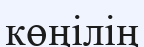
көңілің